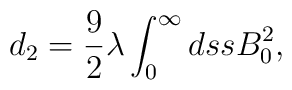
d_2 =    \frac{9}{2} \lambda \int^{\infty}_0 ds s B_0^2,